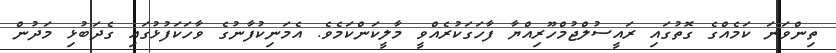
ތިންވަނަ ކަމެއްގެ ގޮތުގައި ރައީސުލްޖުމްހޫރިއްޔާ ފާހަގަކުރެއްވީ މާލީކަންކަމެވެ. އެމަނިކުފާނުގެ ވާހަކަފުޅުގައި ގެދަބުޅި މަދުން